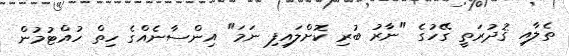
ތެލާއި ޤުދުރަތީ ގޭހުގެ "ނާރު ބުރި ކޮށްލައިފި ނަމަ" އިންސާނެއްގެ ހިތް ހުއްޓުމުން